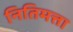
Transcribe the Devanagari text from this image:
नितिमत्ता